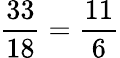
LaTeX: {\frac{33}{18}}={\frac{11}{6}}